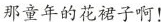
那童年的花裙子啊！